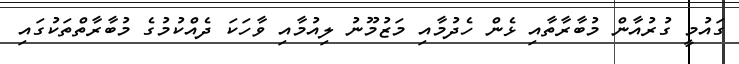
ގައުމީ ގުރުއާން މުބާރާތާއި ޅެން ހެދުމާއި މަޒުމޫނު ލިއުމާއި ވާހަކަ ދެއްކުމުގެ މުބާރާތްތަކުގައި